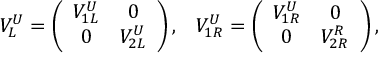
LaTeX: \begin{array} { c c } { { V _ { L } ^ { U } = \left( \begin{array} { c c } { { V _ { 1 L } ^ { U } } } & { { 0 } } \\ { { 0 } } & { { V _ { 2 L } ^ { U } } } \end{array} \right) , } } & { { V _ { 1 R } ^ { U } = \left( \begin{array} { c c } { { V _ { 1 R } ^ { U } } } & { { 0 } } \\ { { 0 } } & { { V _ { 2 R } ^ { R } } } \end{array} \right) , } } \end{array}